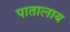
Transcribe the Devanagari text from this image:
पातालाय